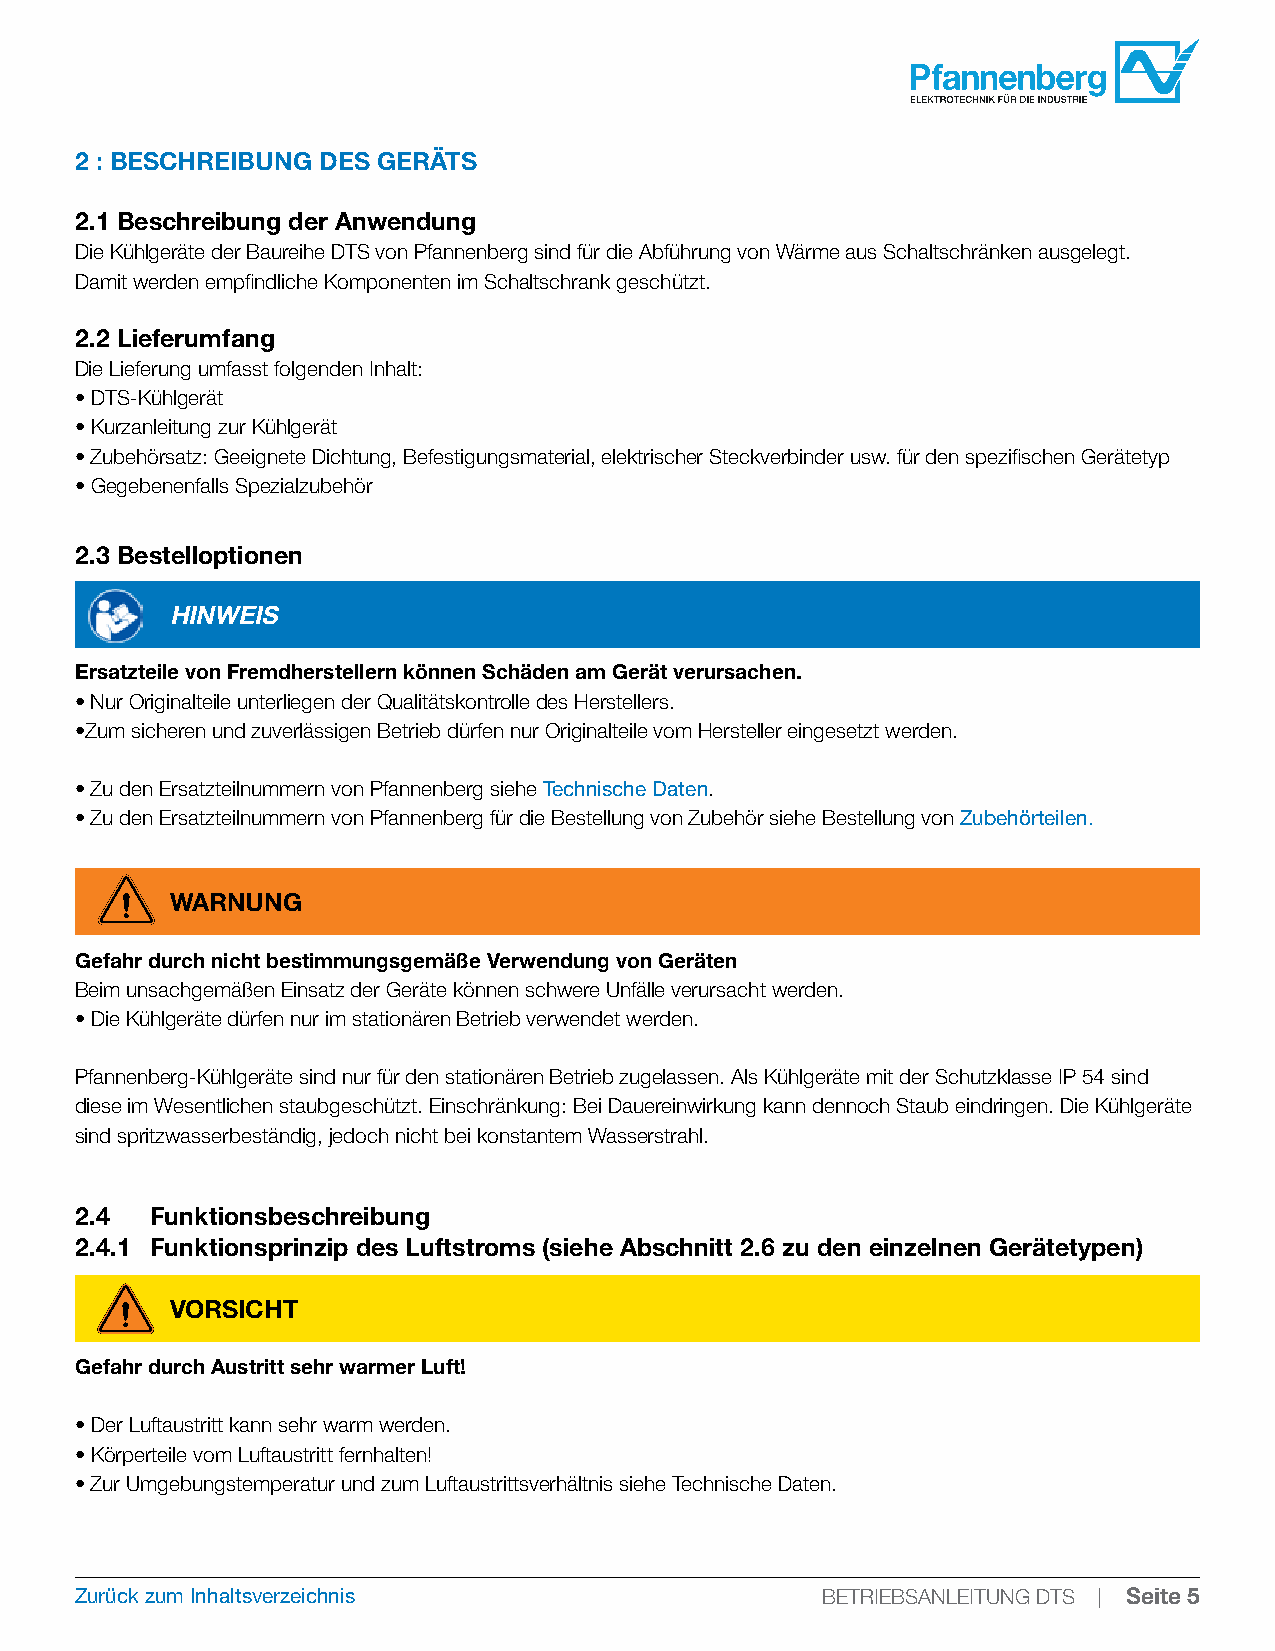
2 : BESCHREIBUNG DES GERÄTS
 2.1 Beschreibung der Anwendung
 Die Kühlgeräte der Baureihe DTS von Pfannenberg sind für die Abführung von Wärme aus Schaltschränken ausgelegt.
 Damit werden empfindliche Komponenten im Schaltschrank geschützt.
 2.2 Lieferumfang
 Die Lieferung umfasst folgenden Inhalt:
 • DTS-Kühlgerät
 • Kurzanleitung zur Kühlgerät
 • Zubehörsatz: Geeignete Dichtung, Befestigungsmaterial, elektrischer Steckverbinder usw. für den spezifischen Gerätetyp
 • Gegebenenfalls Spezialzubehör
 2.3 Bestelloptionen
 HINWEIS
 Ersatzteile von Fremdherstellern können Schäden am Gerät verursachen.
 • Nur Originalteile unterliegen der Qualitätskontrolle des Herstellers.
 •Zum sicheren und zuverlässigen Betrieb dürfen nur Originalteile vom Hersteller eingesetzt werden.
 • Zu den Ersatzteilnummern von Pfannenberg siehe Technische Daten.
 • Zu den Ersatzteilnummern von Pfannenberg für die Bestellung von Zubehör siehe Bestellung von Zubehörteilen.
 WARNUNG
 Gefahr durch nicht bestimmungsgemäße Verwendung von Geräten
 Beim unsachgemäßen Einsatz der Geräte können schwere Unfälle verursacht werden.
 • Die Kühlgeräte dürfen nur im stationären Betrieb verwendet werden.
 Pfannenberg-Kühlgeräte sind nur für den stationären Betrieb zugelassen. Als Kühlgeräte mit der Schutzklasse IP 54 sind
 diese im Wesentlichen staubgeschützt. Einschränkung: Bei Dauereinwirkung kann dennoch Staub eindringen. Die Kühlgeräte
 sind spritzwasserbeständig, jedoch nicht bei konstantem Wasserstrahl.
 2.4  Funktionsbeschreibung
 2.4.1 Funktionsprinzip des Luftstroms (siehe Abschnitt 2.6 zu den einzelnen Gerätetypen)
 VORSICHT
 Gefahr durch Austritt sehr warmer Luft!
 • Der Luftaustritt kann sehr warm werden.
 • Körperteile vom Luftaustritt fernhalten!
 • Zur Umgebungstemperatur und zum Luftaustrittsverhältnis siehe Technische Daten.
 Zurück zum Inhaltsverzeichnis                    BETRIEBSANLEITUNG DTS | Seite 5